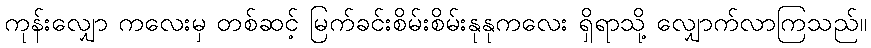
ကုန်းလျှော ကလေးမှ တစ်ဆင့် မြက်ခင်းစိမ်းစိမ်းနုနုကလေး ရှိရာသို့ လျှောက်လာကြသည်။